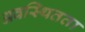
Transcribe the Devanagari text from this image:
अवस्थितता